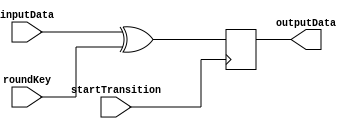

// This is the AES AddRoundKey module. At the posedge of startTransition
// the output is determined by the XOR opperation of inputData and the
// roundKey.

module add_round_key(
	input  [127:0] inputData,
	input  [127:0] roundKey,
	input startTransition,
	output reg [127:0] outputData
);

always @(posedge startTransition) begin
	outputData = inputData ^ roundKey;
end

endmodule